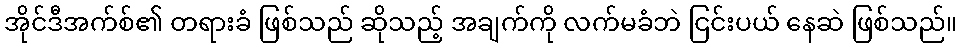
အိုင်ဒီအက်စ်၏ တရားခံ ဖြစ်သည် ဆိုသည့် အချက်ကို လက်မခံဘဲ ငြင်းပယ် နေဆဲ ဖြစ်သည်။